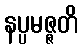
နပ္ပမဇ္ဇတိ